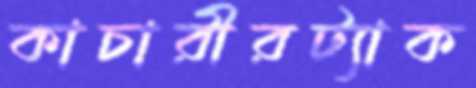
কাচারীরট্যাক